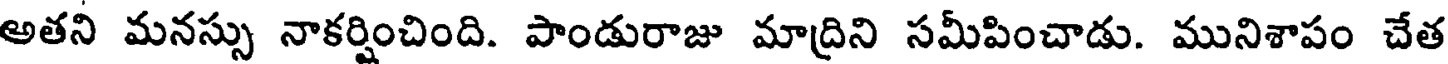
అతని మనస్సు నాకర్షించింది. పాండురాజు మాద్రిని సమీపించాడు. మునిశాపం చేత